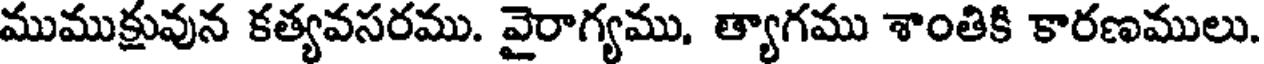
ముముక్రువున కత్యవసరము. వైరాగ్యము, త్యాగము శాంతికి కారణములు.